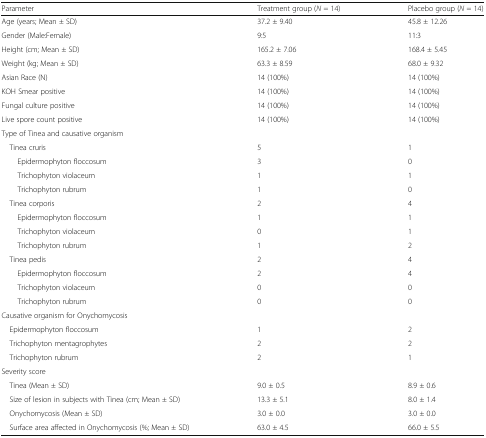
| Parameter | Treatment group (N = 14) | Placebo group (N = 14) |
 | --- | --- | --- |
 | Age (years; Mean ± SD) | 37.2 ± 9.40 | 45.8 ± 12.26 |
 | Gender (Male:Female) | 9:5 | 11:3 |
 | Height (cm; Mean ± SD) | 165.2 ± 7.06 | 168.4 ± 5.45 |
 | Weight (kg; Mean ± SD) | 63.3 ± 8.59 | 68.0 ± 9.32 |
 | Asian Race (N) | 14 (100%) | 14 (100%) |
 | KOH Smear positive | 14 (100%) | 14 (100%) |
 | Fungal culture positive | 14 (100%) | 14 (100%) |
 | Live spore count positive | 14 (100%) | 14 (100%) |
 | <COLSPAN=3> Type of Tinea and causative organism |
 | Tinea cruris | 5 | 1 |
 | Epidermophyton floccosum | 3 | 0 |
 | Trichophyton violaceum | 1 | 1 |
 | Trichophyton rubrum | 1 | 0 |
 | Tinea corporis | 2 | 4 |
 | Epidermophyton floccosum | 1 | 1 |
 | Trichophyton violaceum | 0 | 1 |
 | Trichophyton rubrum | 1 | 2 |
 | Tinea pedis | 2 | 4 |
 | Epidermophyton floccosum | 2 | 4 |
 | Trichophyton violaceum | 0 | 0 |
 | Trichophyton rubrum | 0 | 0 |
 | <COLSPAN=3> Causative organism for Onychomycosis |
 | Epidermophyton floccosum | 1 | 2 |
 | Trichophyton mentagrophytes | 2 | 2 |
 | Trichophyton rubrum | 2 | 1 |
 | <COLSPAN=3> Severity score |
 | Tinea (Mean ± SD) | 9.0 ± 0.5 | 8.9 ± 0.6 |
 | Size of lesion in subjects with Tinea (cm; Mean ± SD) | 13.3 ± 5.1 | 8.0 ± 1.4 |
 | Onychomycosis (Mean ± SD) | 3.0 ± 0.0 | 3.0 ± 0.0 |
 | Surface area affected in Onychomycosis (%; Mean ± SD) | 63.0 ± 4.5 | 66.0 ± 5.5 |